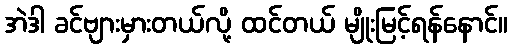
အဲဒါ ခင်ဗျားမှားတယ်လို့ ထင်တယ် မျိုးမြင့်ရန်နောင်။